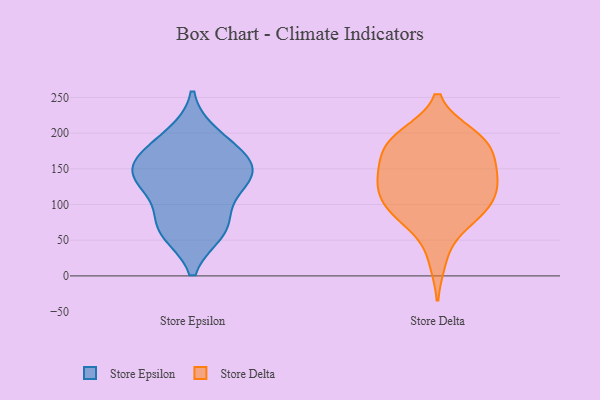
{"axis": {"x": "Budget (USD K)", "y": "Value"}, "legend": ["Store Delta", "Store Epsilon"], "data": [{"x": "", "y": 196, "type": "Store Epsilon"}, {"x": "", "y": 139, "type": "Store Epsilon"}, {"x": "", "y": 75, "type": "Store Epsilon"}, {"x": "", "y": 137, "type": "Store Epsilon"}, {"x": "", "y": 141, "type": "Store Epsilon"}, {"x": "", "y": 63, "type": "Store Epsilon"}, {"x": "", "y": 170, "type": "Store Epsilon"}, {"x": "", "y": 132, "type": "Store Epsilon"}, {"x": "", "y": 67, "type": "Store Epsilon"}, {"x": "", "y": 172, "type": "Store Epsilon"}, {"x": "", "y": 183, "type": "Store Delta"}, {"x": "", "y": 86, "type": "Store Delta"}, {"x": "", "y": 198, "type": "Store Delta"}, {"x": "", "y": 96, "type": "Store Delta"}, {"x": "", "y": 109, "type": "Store Delta"}, {"x": "", "y": 191, "type": "Store Delta"}, {"x": "", "y": 127, "type": "Store Delta"}, {"x": "", "y": 153, "type": "Store Delta"}, {"x": "", "y": 22, "type": "Store Delta"}, {"x": "", "y": 103, "type": "Store Delta"}, {"x": "", "y": 147, "type": "Store Delta"}, {"x": "", "y": 132, "type": "Store Delta"}, {"x": "", "y": 192, "type": "Store Delta"}, {"x": "", "y": 134, "type": "Store Delta"}, {"x": "", "y": 169, "type": "Store Delta"}, {"x": "", "y": 72, "type": "Store Delta"}, {"x": "", "y": 162, "type": "Store Delta"}, {"x": "", "y": 80, "type": "Store Delta"}, {"x": "", "y": 197, "type": "Store Delta"}, {"x": "", "y": 119, "type": "Store Delta"}]}